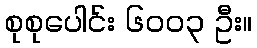
စုစုပေါင်း ၆၀၀၃ ဦး။